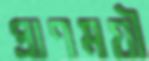
প্রাণময়ী